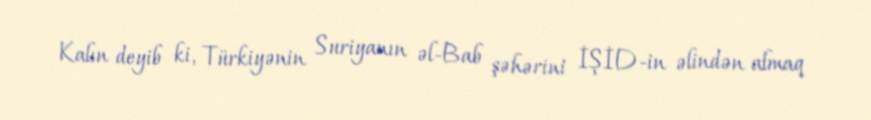
Kalın deyib ki, Türkiyənin Suriyanın əl-Bab şəhərini İŞİD-in əlindən almaq